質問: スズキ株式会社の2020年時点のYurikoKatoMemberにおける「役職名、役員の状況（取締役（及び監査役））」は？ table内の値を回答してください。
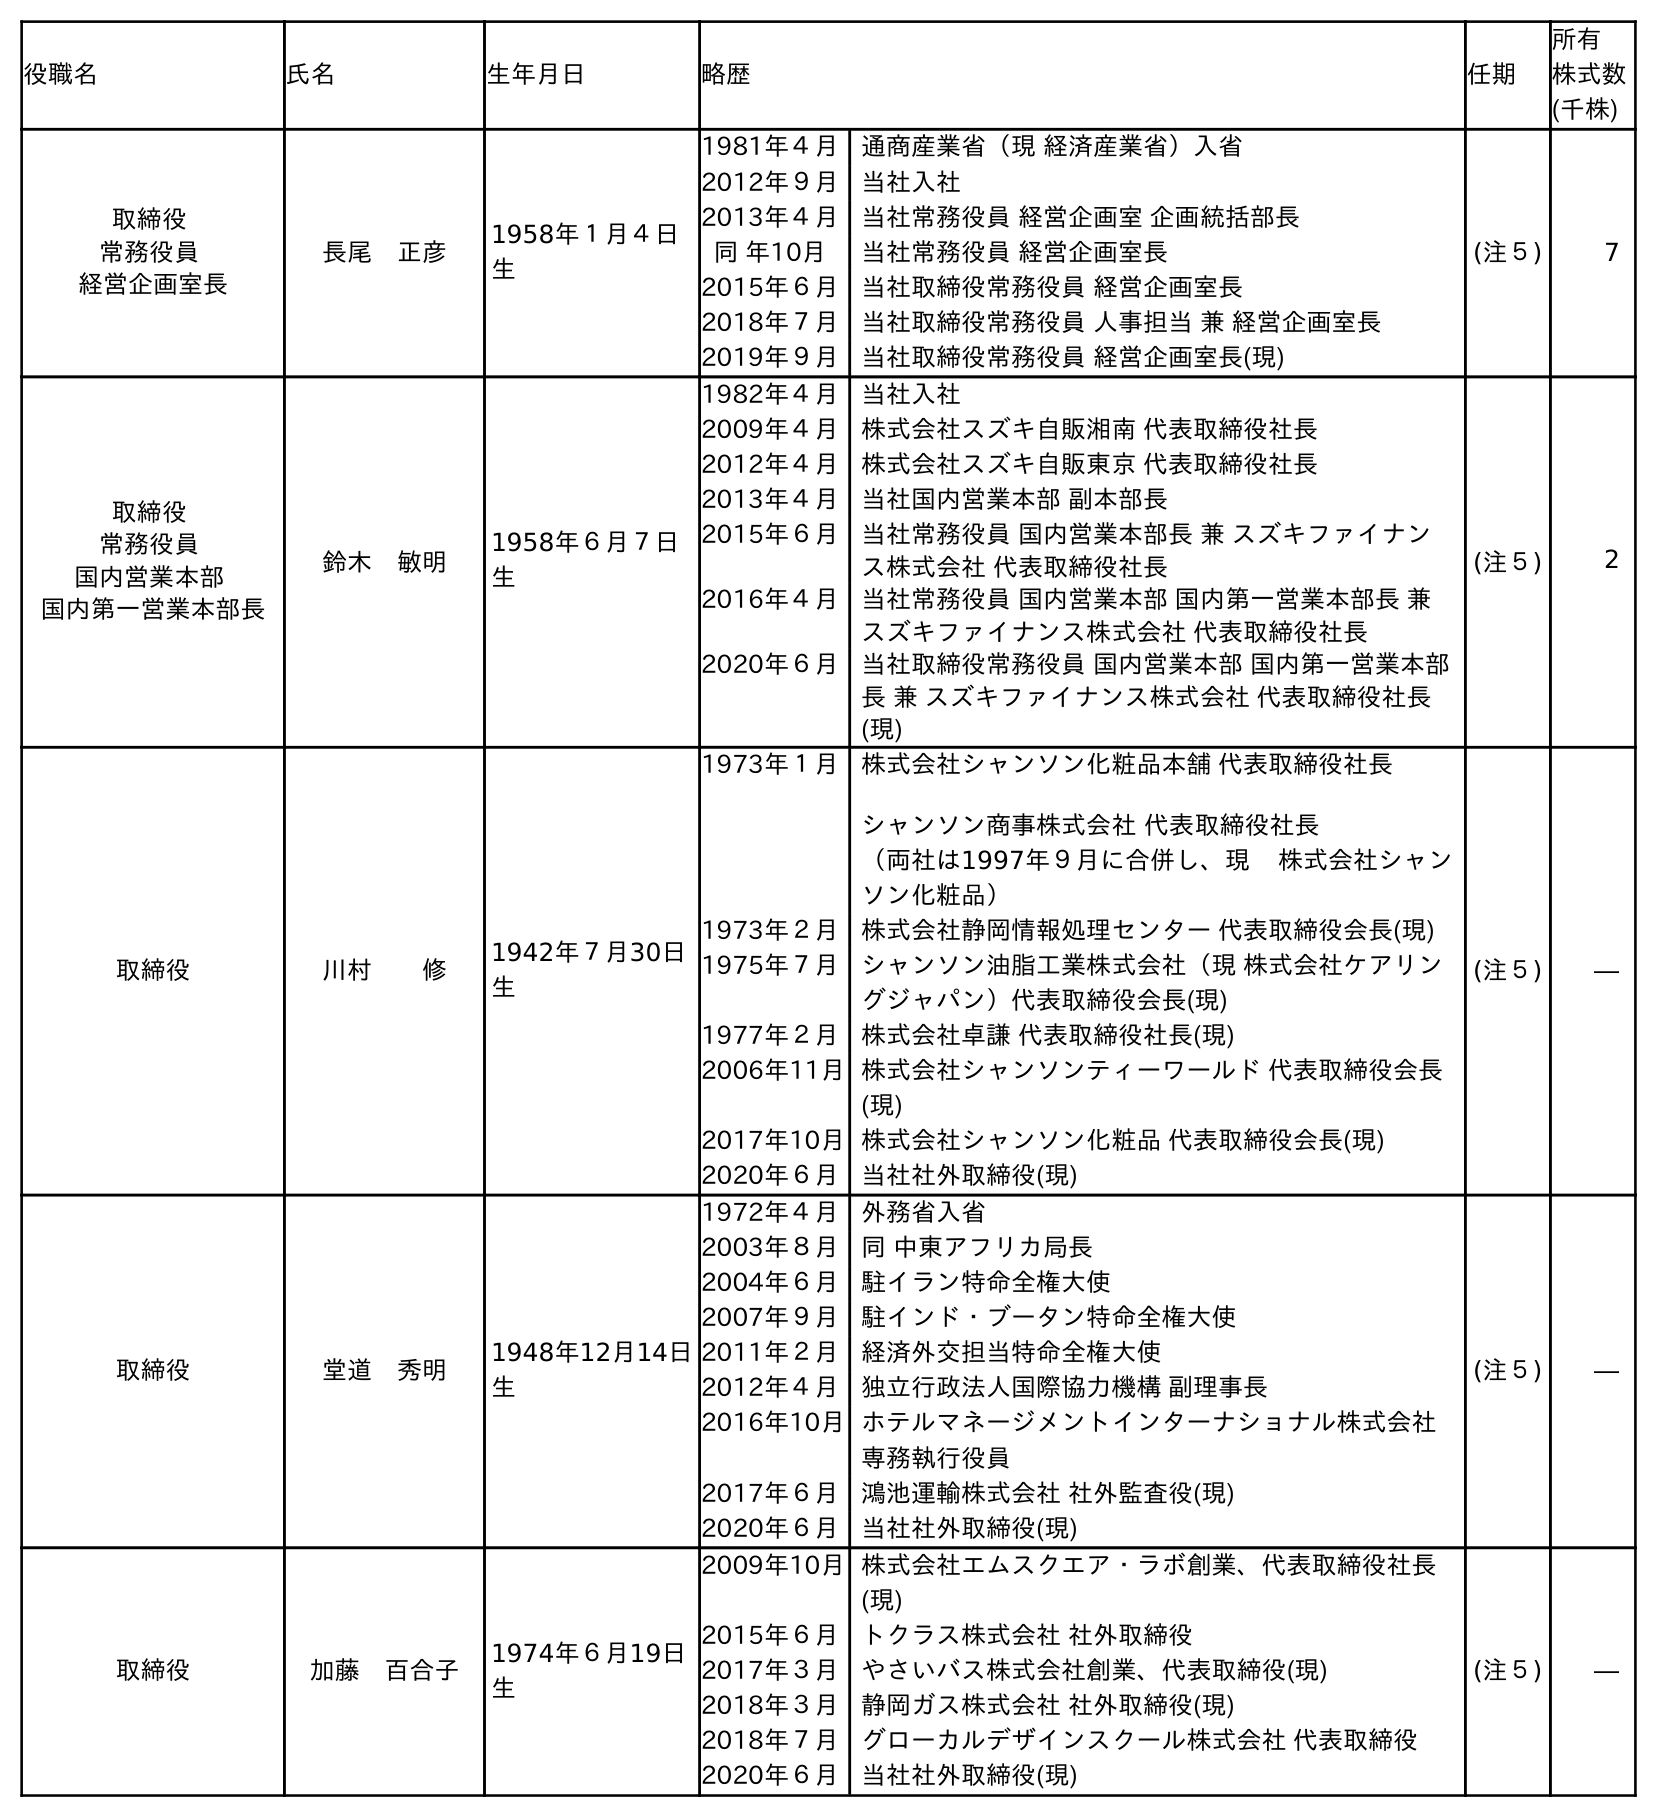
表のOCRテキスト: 役職名 氏名 生年月日 略歴 任期 所有 株式数 (千株) 取締役 常務役員 経営企画室長 長尾 正彦 1958年１月４日 生 1981年４月 通商産業省（現 経済産業省）入省 2012年９月 当社入社 2013年４月 当社常務役員 経営企画室 企画統括部長 同 年10月 当社常務役員 経営企画室長 2015年６月 当社取締役常務役員 経営企画室長 2018年７月 当社取締役常務役員 人事担当 兼 経営企画室長 2019年９月 当社取締役常務役員 経営企画室長(現) (注５) 7 取締役 常務役員 国内営業本部 国内第一営業本部長 鈴木 敏明 1958年６月７日 生 1982年４月 当社入社 2009年４月 株式会社スズキ自販湘南 代表取締役社長 2012年４月 株式会社スズキ自販東京 代表取締役社長 2013年４月 当社国内営業本部 副本部長 2015年６月 当社常務役員 国内営業本部長 兼 スズキファイナン ス株式会社 代表取締役社長 2016年４月 当社常務役員 国内営業本部 国内第一営業本部長 兼 スズキファイナンス株式会社 代表取締役社長 2020年６月 当社取締役常務役員 国内営業本部 国内第一営業本部 長 兼 スズキファイナンス株式会社 代表取締役社長 (現) (注５) 2 取締役 川村  修 1942年７月30日 生 1973年１月 株式会社シャンソン化粧品本舗 代表取締役社長 シャンソン商事株式会社 代表取締役社長 （両社は1997年９月に合併し、現 株式会社シャン ソン化粧品） 1973年２月 株式会社静岡情報処理センター 代表取締役会長(現) 1975年７月 シャンソン油脂工業株式会社（現 株式会社ケアリン グジャパン）代表取締役会長(現) 1977年２月 株式会社卓謙 代表取締役社長(現) 2006年11月株式会社シャンソンティーワールド 代表取締役会長 (現) 2017年10月株式会社シャンソン化粧品 代表取締役会長(現) 2020年６月 当社社外取締役(現) (注５) ― 取締役 堂道 秀明 1948年12月14日 生 1972年４月 外務省入省 2003年８月 同 中東アフリカ局長 2004年６月 駐イラン特命全権大使 2007年９月 駐インド・ブータン特命全権大使 2011年２月 経済外交担当特命全権大使 2012年４月 独立行政法人国際協力機構 副理事長 2016年10月ホテルマネージメントインターナショナル株式会社 専務執行役員 2017年６月 鴻池運輸株式会社 社外監査役(現) 2020年６月 当社社外取締役(現) (注５) ― 取締役 加藤 百合子 1974年６月19日 生 2009年10月株式会社エムスクエア・ラボ創業、代表取締役社長 (現) 2015年６月 トクラス株式会社 社外取締役 2017年３月 やさいバス株式会社創業、代表取締役(現) 2018年３月 静岡ガス株式会社 社外取締役(現) 2018年７月 グローカルデザインスクール株式会社 代表取締役 2020年６月 当社社外取締役(現) (注５) ―
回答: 取締役